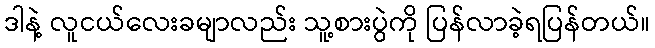
ဒါနဲ့ လူငယ်လေးခမျာလည်း သူ့စားပွဲကို ပြန်လာခဲ့ရပြန်တယ်။